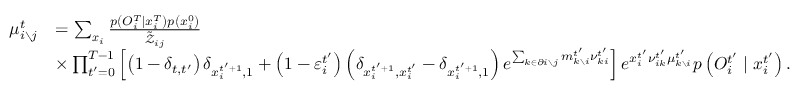
\begin{array} { r l } { \mu _ { i \setminus j } ^ { t } } & { = \sum _ { \boldsymbol { x } _ { i } } \frac { p \left( { O } _ { i } ^ { T } \mid x _ { i } ^ { T } \right) p \left( x _ { i } ^ { 0 } \right) } { \tilde { \mathcal { Z } } _ { i j } } } \\ & { \times \prod _ { t ^ { \prime } = 0 } ^ { T - 1 } \left[ \left( 1 - \delta _ { t , t ^ { \prime } } \right) \delta _ { x _ { i } ^ { t ^ { \prime } + 1 } , 1 } + \left( 1 - \varepsilon _ { i } ^ { t ^ { \prime } } \right) \left( \delta _ { x _ { i } ^ { t ^ { \prime } + 1 } , x _ { i } ^ { t ^ { \prime } } } - \delta _ { x _ { i } ^ { t ^ { \prime } + 1 } , 1 } \right) e ^ { \sum _ { k \in \partial i \setminus j } m _ { k \setminus i } ^ { t ^ { \prime } } \nu _ { k i } ^ { t ^ { \prime } } } \right] e ^ { x _ { i } ^ { t ^ { \prime } } \nu _ { i k } ^ { t ^ { \prime } } \mu _ { k \setminus i } ^ { t ^ { \prime } } } p \left( O _ { i } ^ { t ^ { \prime } } \mid x _ { i } ^ { t ^ { \prime } } \right) . } \end{array}